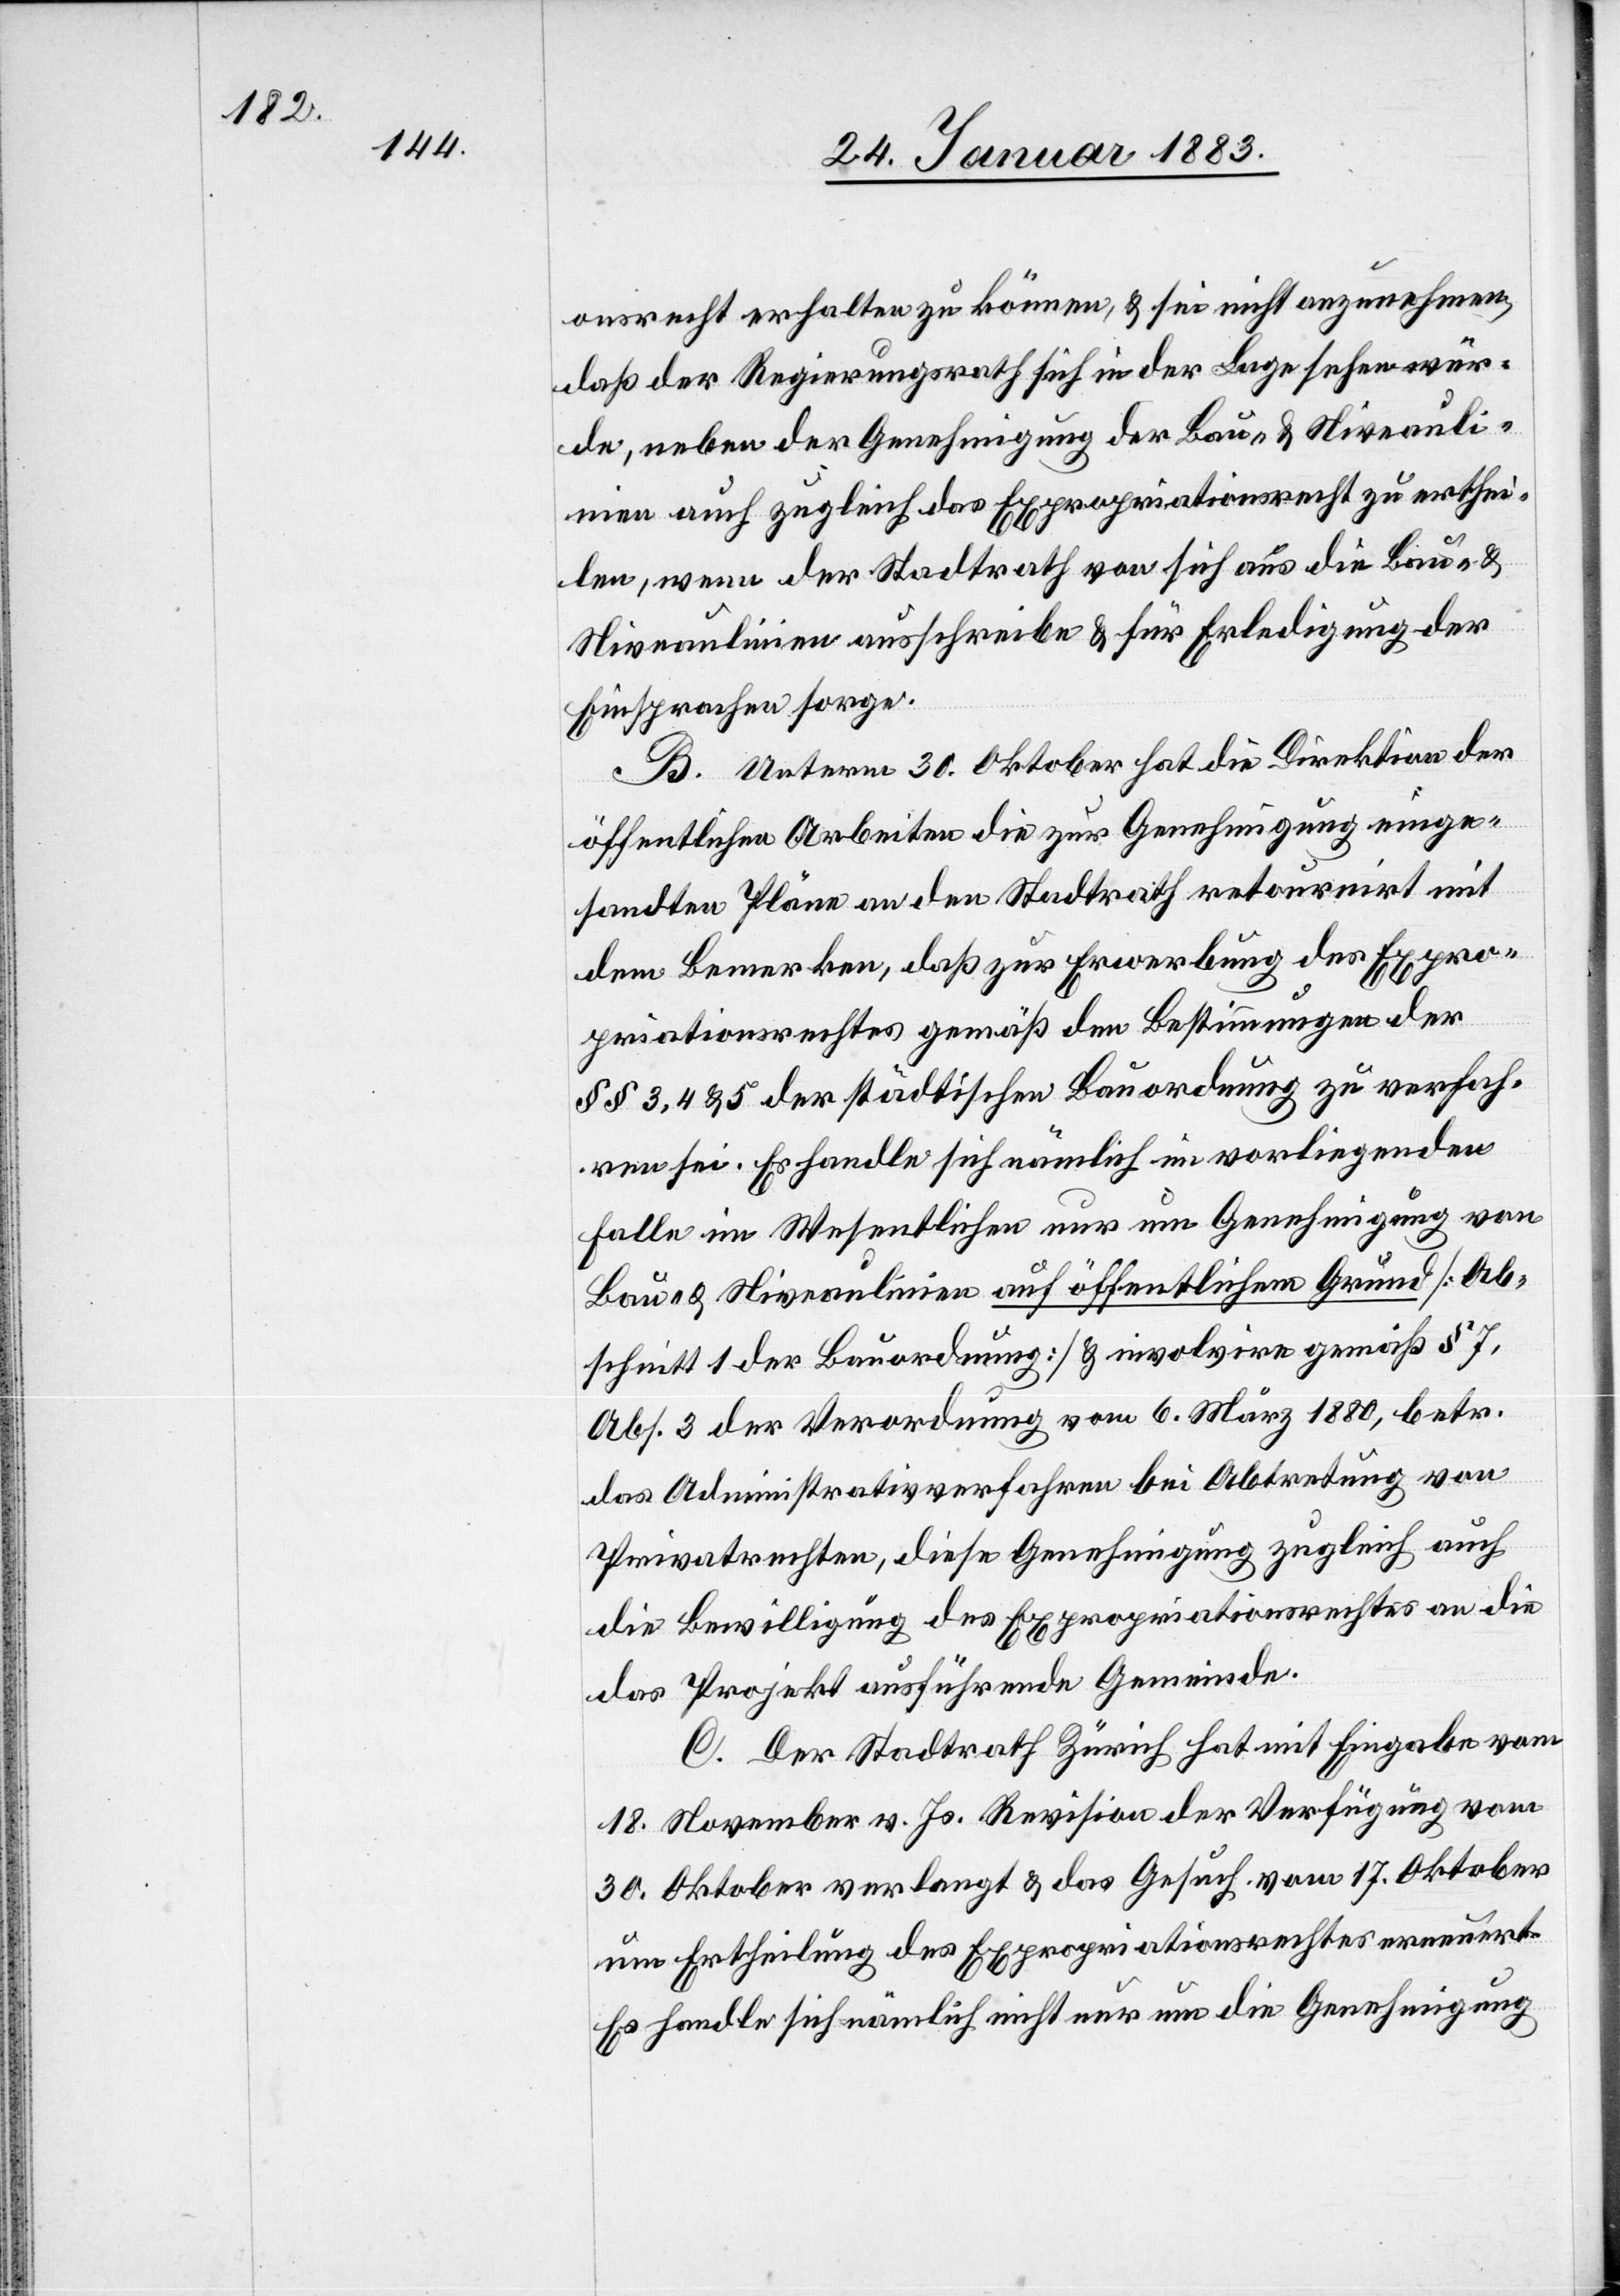
onsrecht erhalten zu können, & sei nicht anzunehmen,
daß der Regierungsrath sich in der Lage sehen wür¬
de, neben der Genehmigung der Bau- & Niveauli¬
nien auch zugleich das Expropriationsrecht zu erthei¬
len, wenn der Stadtrath von sich aus die Bau- &
Niveaulinien ausschreibe & für Erledigung der
Einsprachen sorge.
B. Unterm 30. Oktober hat die Direktion der
öffentlichen Arbeiten die zur Genehmigung einge¬
sandten Pläne an den Stadtrath retournirt mit
dem Bemerken, daß zur Erwerbung des Expro¬
priationsrechts gemäß den Bestimmungen der
§§ 3, 4 & 5 der städtischen Bauordnung zu verfah¬
ren sei. Es handle sich nämlich im vorliegenden
Falle im Wesentlichen nur um Genehmigung von
Bau- & Niveaulinien auf öffentlichem Grund [Ab¬
schnitt 1 der Bauordnung] & involvire gemäß § 7,
Abs. 3 der Verordnung vom 6. März 1880, betr.
das Administrativverfahren bei Abtretung von
Privatrechten, diese Genehmigung zugleich auch
die Bewilligung des Expropriationsrechtes an die
das Projekt ausführende Gemeinde.
C. Der Stadtrath Zürich hat mit Eingabe vom
18. November v. Js. Revision der Verfügung vom
30. Oktober verlangt & das Gesuch vom 17. Oktober
um Ertheilung des Expropriationsrechtes erneuert.
Es handle sich nämlich nicht nur um die Genehmigung